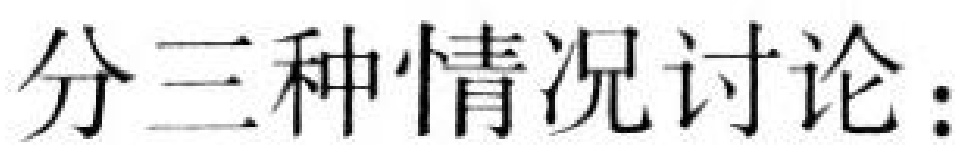
分三种情况讨论：